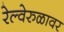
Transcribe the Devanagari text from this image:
रेल्वेरुळावर